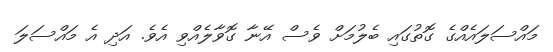
މައްސަލައެއްގެ ގޮތުގައި ބެލުމަށް ވެސް އޭނާ ގޮވާލެއްވި އެވެ. އަދި އެ މައްސަލަ